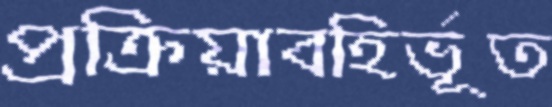
প্রক্রিয়াবহির্ভূত